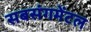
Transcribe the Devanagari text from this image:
सबसंगमेंटल